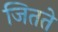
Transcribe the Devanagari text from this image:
जितते